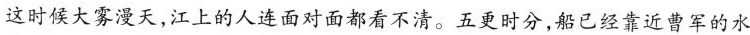
这时候大雾漫天，江上的人连面对面都看不清。五更时分，船已经靠近曹军的水